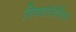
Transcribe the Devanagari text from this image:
सिक्योरडिजिटल